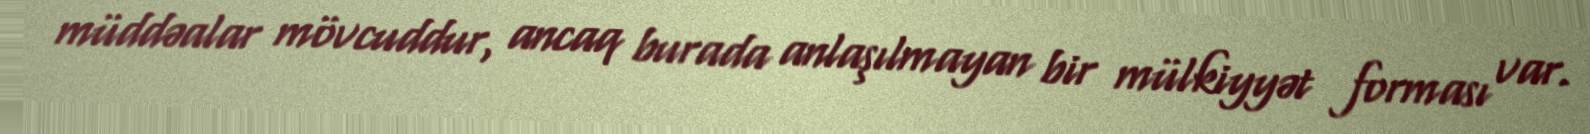
müddəalar mövcuddur, ancaq burada anlaşılmayan bir mülkiyyət forması var.